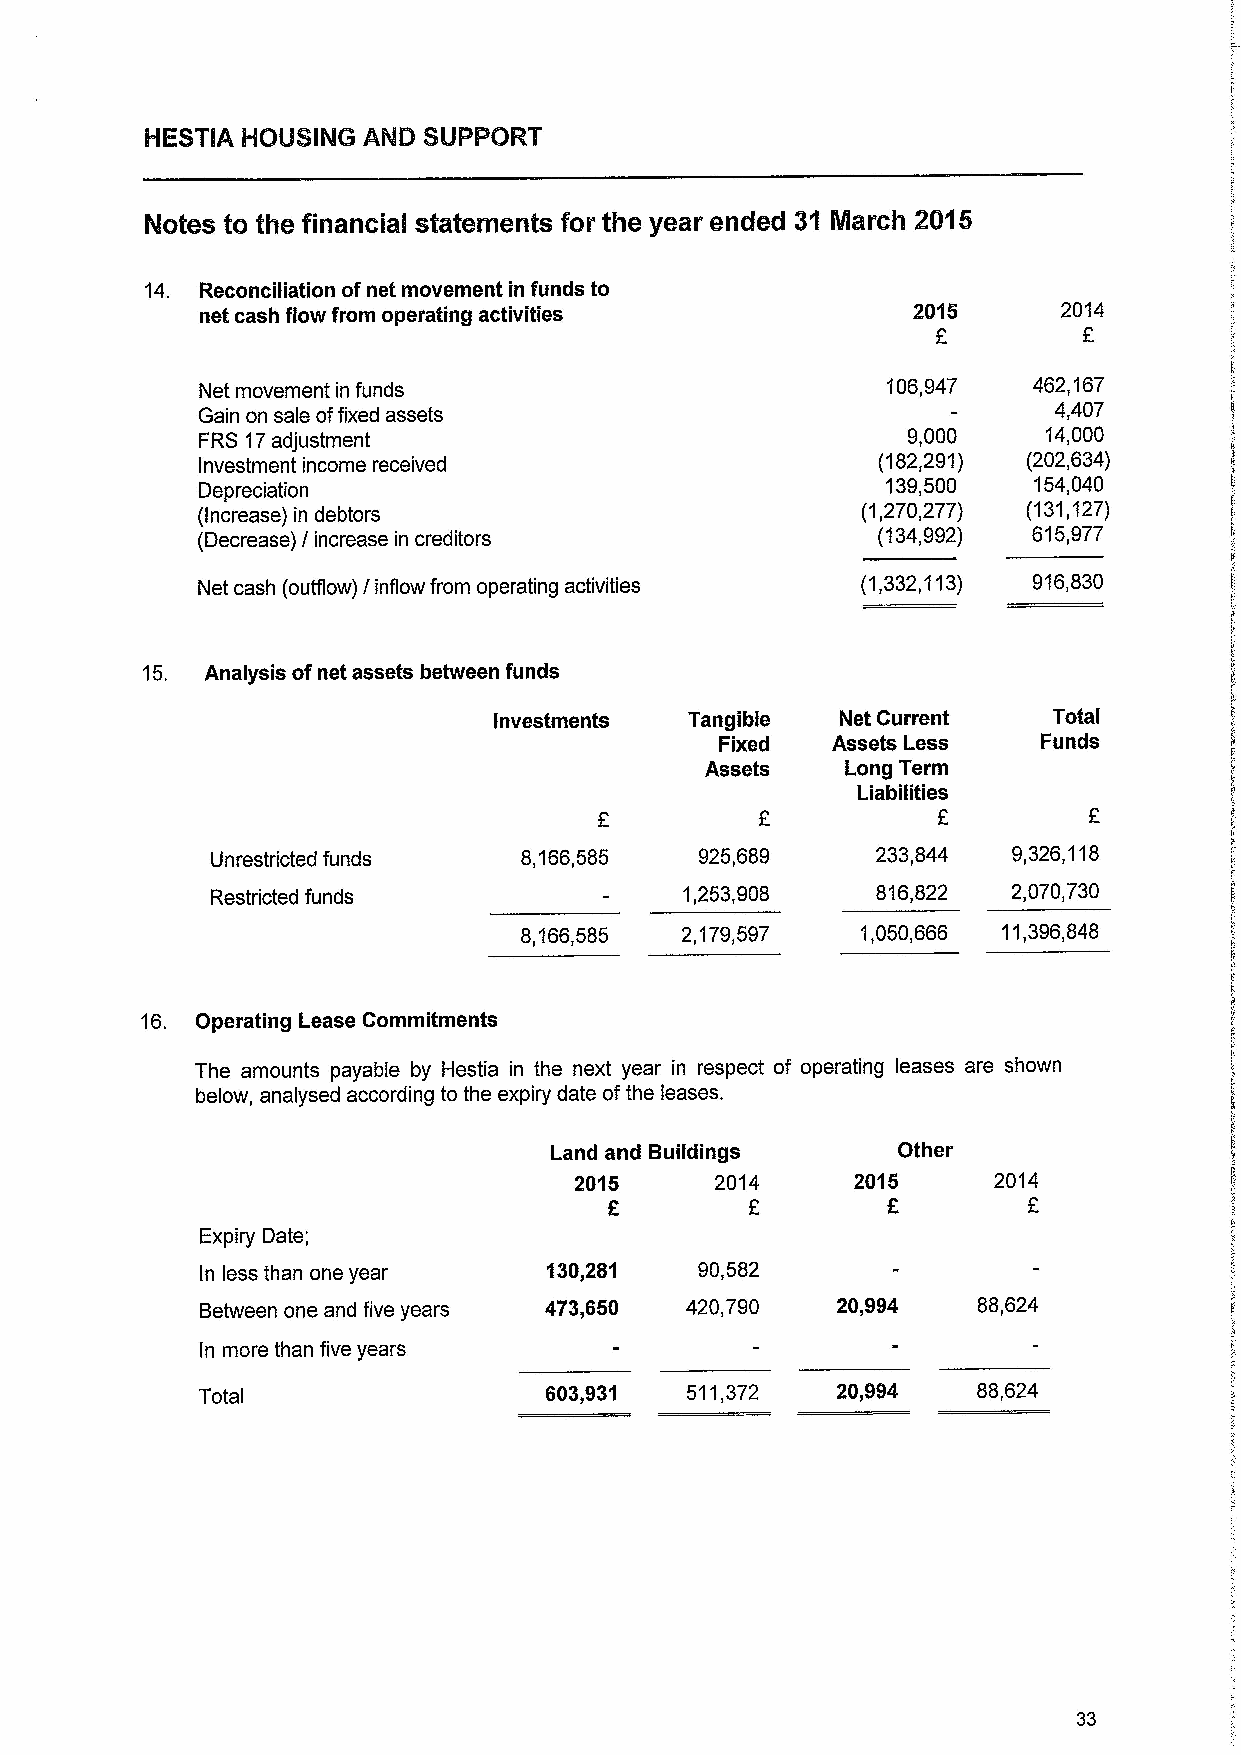
14. Reconciliation ofnet movement in funds to
 net cash flow from operating activities                  2014
 Net movement in funds
 106,947  462,167
 Gain on sale offixed assets                              4,407
 FRS 17adjustment                               9,000    14,000
 Investment income received                   (182,291) (202,634)
 Depreciation
 139,500  154,040
 (Increase) in debtors                       (1,270,277) (131,127)
 (Decrease) / increase in creditors           (134,992) 615,977
 Net cash (outflow) / inflow from operating activities (1,332,113) 916,830
 15.  Analysis ofnet assets between funds
 Investments  Tangible  Net Current   Total
 Fixed  Assets Less   Funds
 Assets   Long Term
 Liabilities
 Unrestricted funds  8,166,585   925,689     233,844  9,326,118
 Restricted funds               1,253,908    816,822  2,070,730
 8,166,585  2,179,597   1,050,666 11,396,848
 16. Operating Lease Commitments
 The amounts payable by Hestia in the next year in respect of operating leases are shown
 below, analysed according to the expiry date ofthe leases.
 Land and Buildings     Other
 2015     2014      2015     2014
 E
 Expiry Date;
 In less than one year  130,281   90,582
 Between one and five years 473,650 420,790 20,994   88,624
 In more than five years
 Total                  603„931  511,372   20,994    88,624
 33